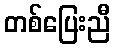
တစ်ပြေးညီ